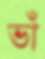
ভাঁ